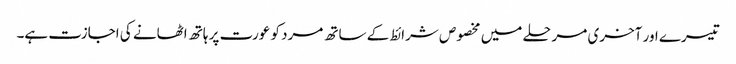
تیسرے اور آخری مرحلے میں مخصوص شرائط کے ساتھ مرد کو عورت پر ہاتھ اٹھانے کی اجازت ہے۔